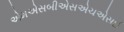
એમએસબીએસએચએસઈ